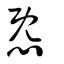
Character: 㤅